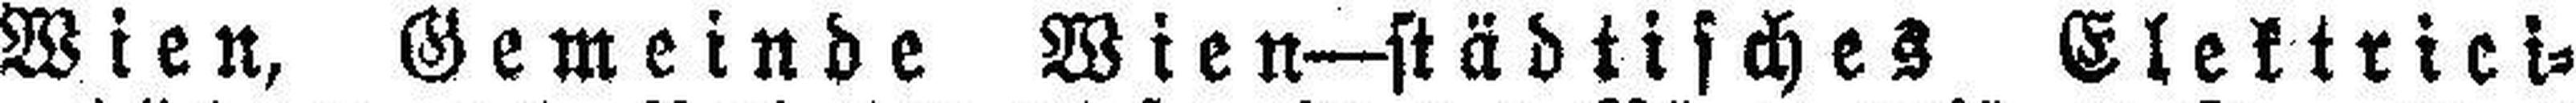
Wien, Gemeinde Wien—städtisches Elektrici¬